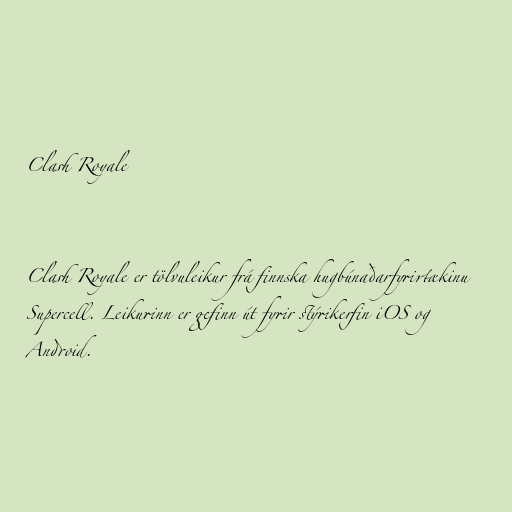
Clash Royale

Clash Royale er tölvuleikur frá finnska hugbúnaðarfyrirtækinu
Supercell. Leikurinn er gefinn út fyrir stýrikerfin iOS og
Android.